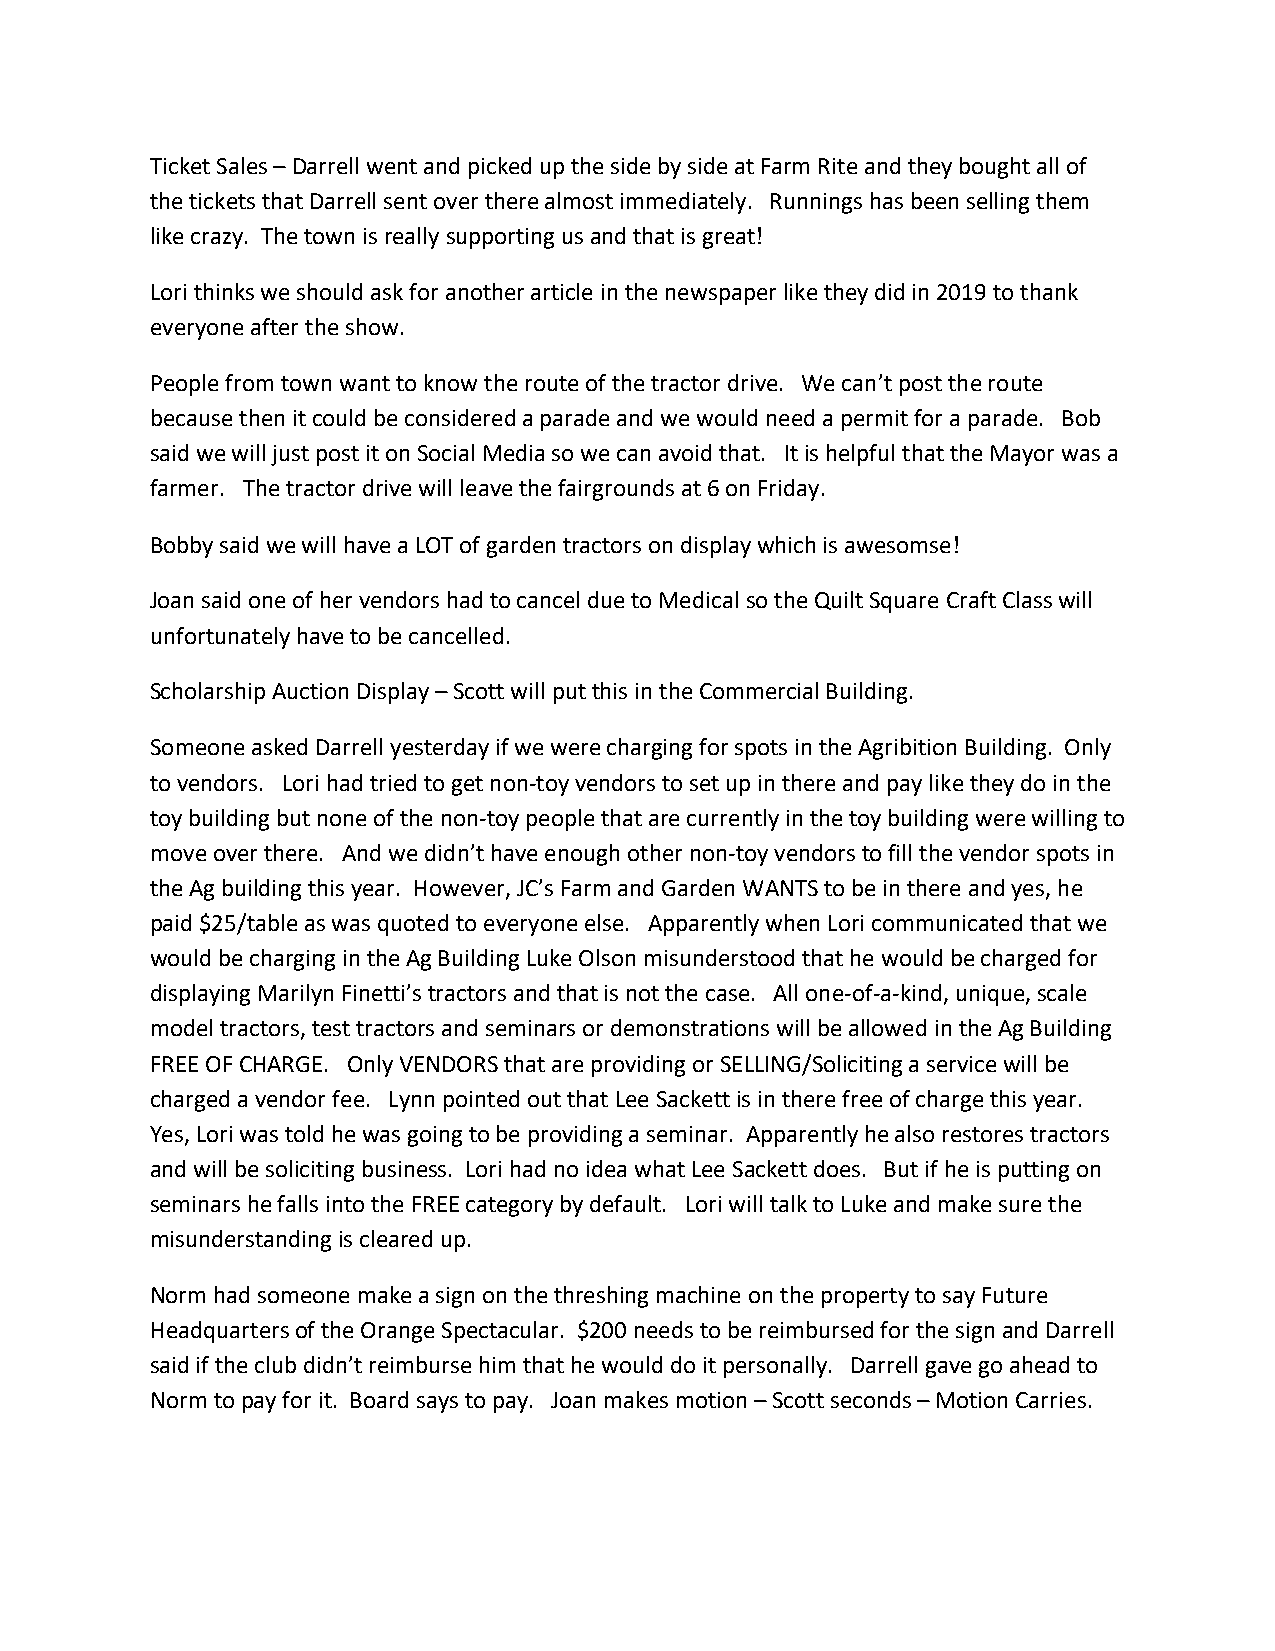
Ticket Sales – Darrell went and picked up the side by side at Farm Rite and they bought all of
 the tickets that Darrell sent over there almost immediately. Runnings has been selling them
 like crazy. The town is really supporting us and that is great!
 Lori thinks we should ask for another article in the newspaper like they did in 2019 to thank
 everyone after the show.
 People from town want to know the route of the tractor drive. We can’t post the route
 because then it could be considered a parade and we would need a permit for a parade. Bob
 said we will just post it on Social Media so we can avoid that. It is helpful that the Mayor was a
 farmer. The tractor drive will leave the fairgrounds at 6 on Friday.
 Bobby said we will have a LOT of garden tractors on display which is awesomse!
 Joan said one of her vendors had to cancel due to Medical so the Quilt Square Craft Class will
 unfortunately have to be cancelled.
 Scholarship Auction Display – Scott will put this in the Commercial Building.
 Someone asked Darrell yesterday if we were charging for spots in the Agribition Building. Only
 to vendors. Lori had tried to get non-toy vendors to set up in there and pay like they do in the
 toy building but none of the non-toy people that are currently in the toy building were willing to
 move over there. And we didn’t have enough other non-toy vendors to fill the vendor spots in
 the Ag building this year. However, JC’s Farm and Garden WANTS to be in there and yes, he
 paid $25/table as was quoted to everyone else. Apparently when Lori communicated that we
 would be charging in the Ag Building Luke Olson misunderstood that he would be charged for
 displaying Marilyn Finetti’s tractors and that is not the case. All one-of-a-kind, unique, scale
 model tractors, test tractors and seminars or demonstrations will be allowed in the Ag Building
 FREE OF CHARGE. Only VENDORS that are providing or SELLING/Soliciting a service will be
 charged a vendor fee. Lynn pointed out that Lee Sackett is in there free of charge this year.
 Yes, Lori was told he was going to be providing a seminar. Apparently he also restores tractors
 and will be soliciting business. Lori had no idea what Lee Sackett does. But if he is putting on
 seminars he falls into the FREE category by default. Lori will talk to Luke and make sure the
 misunderstanding is cleared up.
 Norm had someone make a sign on the threshing machine on the property to say Future
 Headquarters of the Orange Spectacular. $200 needs to be reimbursed for the sign and Darrell
 said if the club didn’t reimburse him that he would do it personally. Darrell gave go ahead to
 Norm to pay for it. Board says to pay. Joan makes motion – Scott seconds – Motion Carries.